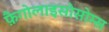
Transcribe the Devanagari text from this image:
फ़ैगोलाइसोसोम्स